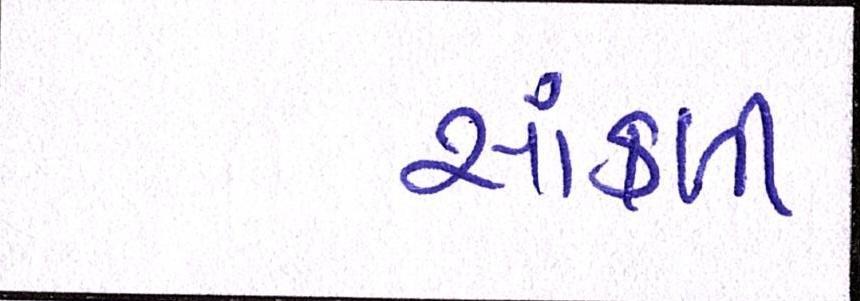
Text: સાંકળી